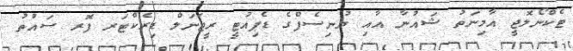
ޓެކްނޯލޮޖީ އާމިނަތު ޝައުނާ އާއި ޔުނިސެފްގެ ޑެޕިއުޓީ ރީޖަނަލް ޑިރެކްޓަރ ފޮރ ސައުތު